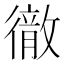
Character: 𭜈